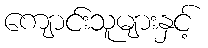
ကျောင်းသူများနှင့်